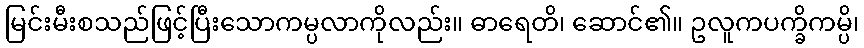
မြင်းမီးစသည်ဖြင့်ပြီးသောကမ္ပလာကိုလည်း။ ဓာရေတိ၊ ဆောင်၏။ ဥလူကပက္ခိကမ္ပိ၊